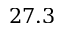
2 7 . 3